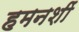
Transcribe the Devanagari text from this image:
हमनशीं